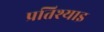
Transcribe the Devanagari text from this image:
प्रतिश्याइ